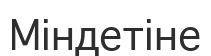
Міндетіне